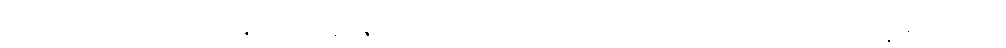
မက်ဂွဲယားကတော့ လက်နှစ်ဖက်နဲ့ နားနှစ်ဖက်ကိုကိုင်ပြီး အောင်ပွဲခံခဲ့ပေမယ့် ဘယ်သူ့ကို မရည်ညွှန်းကြောင်း၊